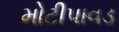
મોટીપાવડ